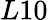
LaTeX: L10